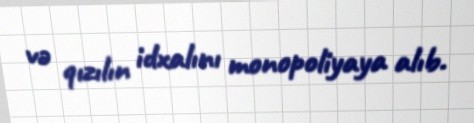
və qızılın idxalını monopoliyaya alıb.